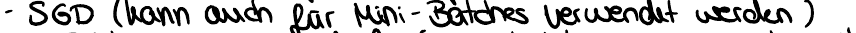
- SGD (kann auch für Mini-Batches verwendet werden)